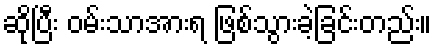
ဆိုပြီး ဝမ်းသာအားရ ဖြစ်သွားခဲ့ခြင်းတည်း။